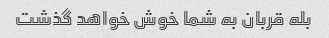
بله قربان به شما خوش خواهد گذشت